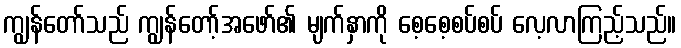
ကျွန်တော်သည် ကျွန်တော့်အဖော်၏ မျက်နှာကို စေ့စေ့စပ်စပ် လေ့လာကြည့်သည်။